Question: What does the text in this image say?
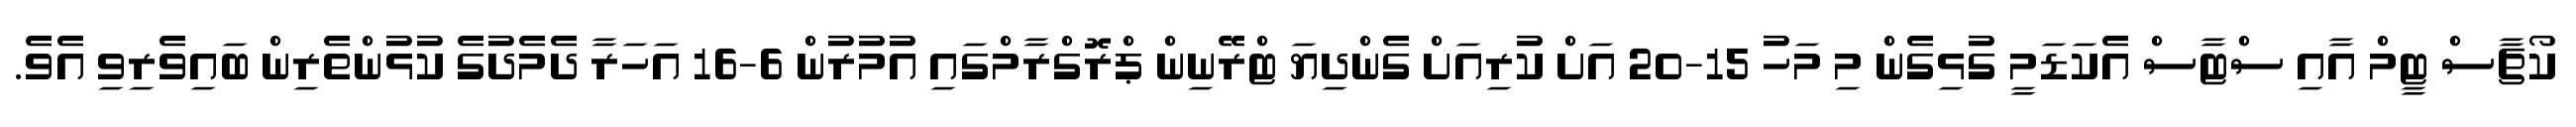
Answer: ކޯޗާސް ޓީމް އާއި ސްޓާސް އެކަޑަމީ ގުޅިގެން މި މަހު 15-20 އަށް ކުރިއަށް ގެންދިޔަ ޓްރޭނިން ޕްރޮގްރާމްގައި އުމުރުން 6-16 އަހަރާ ދެމެދުގެ ކުޅުންތެރިން ބައިވެރިވި އެވެ.